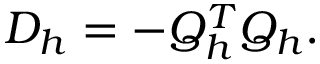
D _ { h } = - Q _ { h } ^ { T } Q _ { h } .